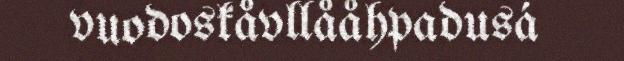
vuodoskåvllååhpadusá